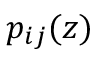
p _ { i j } ( z )